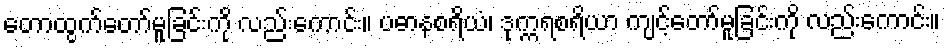
တောထွက်တော်မူခြင်းကို လည်းကောင်း။ ပဓာနစရိယံ၊ ဒုက္ကရစရိယာ ကျင့်တော်မူခြင်းကို လည်းကောင်း။